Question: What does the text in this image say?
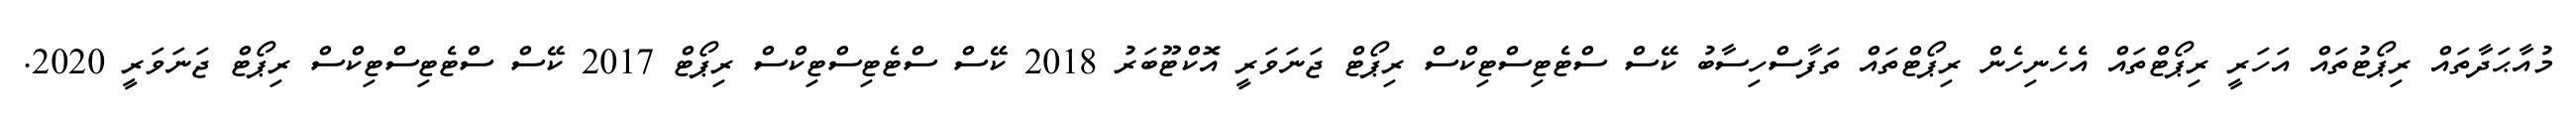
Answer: މުއާޙަދާތައް ރިޕޯޓުތައް އަހަރީ ރިޕޯޓްތައް އެހެނިހެން ރިޕޯޓްތައް ތަފާސްހިސާބު ކޭސް ސްޓެޓިސްޓިކްސް ރިޕޯޓް ޖަނަވަރީ އޮކްޓޫބަރު 2018 ކޭސް ސްޓެޓިސްޓިކްސް ރިޕޯޓް 2017 ކޭސް ސްޓެޓިސްޓިކްސް ރިޕޯޓް ޖަނަވަރީ 2020.